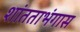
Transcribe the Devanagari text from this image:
शांतताभंगास